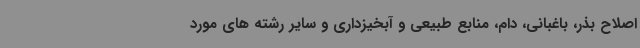
اصلاح بذر، باغبانی، دام، منابع طبیعی و آبخیزداری و سایر رشته های مورد